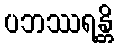
ပဘဿရန္တိ